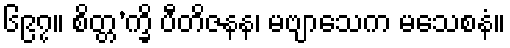
၆၉၇။ စိတ္တ’က္ခိ ပီတိဇနန၊ မဗျာသေက မသေစနံ။